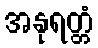
အနုရတ္တံ